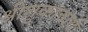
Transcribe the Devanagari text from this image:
श्रीशुकाचार्य